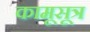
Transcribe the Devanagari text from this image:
कामूसूत्र